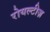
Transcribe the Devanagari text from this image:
रोयल्टीज़